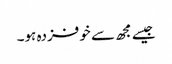
جیسے مجھ سے خوفزدہ ہو۔